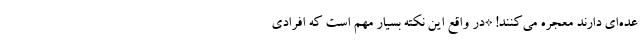
عده‌ای دارند معجره می‌کنند! *در واقع این نکته بسیار مهم است که افرادی